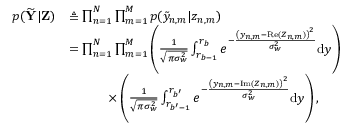
\begin{array} { r l } { p ( \widetilde { \bf Y } | { \bf Z } ) } & { \triangleq \prod _ { n = 1 } ^ { N } \prod _ { m = 1 } ^ { M } { p ( \tilde { y } _ { n , m } | z _ { n , m } ) } } \\ & { = \prod _ { n = 1 } ^ { N } \prod _ { m = 1 } ^ { M } \left( \frac { 1 } { \sqrt { \pi \sigma _ { w } ^ { 2 } } } \int _ { r _ { b - 1 } } ^ { r _ { b } } e ^ { - \frac { \left( y _ { n , m } - { \mathrm { R e } } ( Z _ { n , m } ) \right) ^ { 2 } } { \sigma _ { w } ^ { 2 } } } { \mathrm { d } } y \right) } \\ & { \quad \qquad \times \left( \frac { 1 } { \sqrt { \pi \sigma _ { w } ^ { 2 } } } \int _ { r _ { b ^ { \prime } - 1 } } ^ { r _ { b ^ { \prime } } } e ^ { - \frac { \left( y _ { n , m } - { \mathrm { I m } } ( Z _ { n , m } ) \right) ^ { 2 } } { \sigma _ { w } ^ { 2 } } } { \mathrm { d } } y \right) , } \end{array}